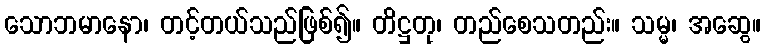
သောဘမာနော၊ တင့်တယ်သည်ဖြစ်၍။ တိဋ္ဌတု၊ တည်စေသတည်း။ သမ္မ၊ အဆွေ။